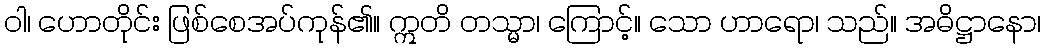
ဝါ၊ ဟောတိုင်း ဖြစ်စေအပ်ကုန်၏။ ဣတိ တသ္မာ၊ ကြောင့်။ သော ဟာရော၊ သည်။ အဓိဋ္ဌာနော၊